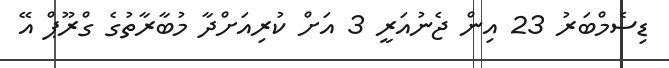
ޑިސެމްބަރު 23 އިން ޖެނުއަރީ 3 އަށް ކުރިއަށްދާ މުބާރާތުގެ ގްރޫޕް އޭ